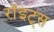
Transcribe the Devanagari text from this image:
रॉइट्स